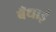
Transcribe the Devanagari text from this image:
बँधाई